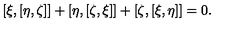
[ \xi , [ \eta , \zeta ] ] + [ \eta , [ \zeta , \xi ] ] + [ \zeta , [ \xi , \eta ] ] = 0 .